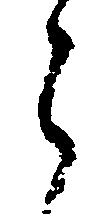
郎